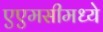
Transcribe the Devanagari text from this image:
एएमसीमध्ये